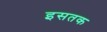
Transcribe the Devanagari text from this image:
इसतक